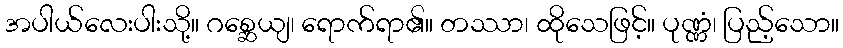
အပါယ်လေးပါးသို့။ ဂစ္ဆေယျ၊ ရောက်ရာ၏။ တဿာ၊ ထိုသေဖြင့်။ ပုဏ္ဏံ၊ ပြည့်သော။